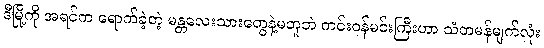
ဒီမြို့ကို အရင်က ရောက်ခဲ့တဲ့ မန္တလေးသားတွေနဲ့မတူဘဲ ကင်းဝန်မင်းကြီးဟာ သံတမန်မျက်လုံး